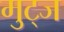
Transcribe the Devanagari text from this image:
मुट्‌ज